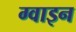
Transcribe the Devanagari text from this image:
ग्वाइन